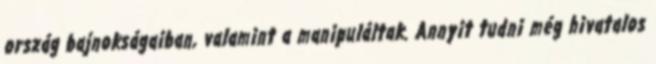
ország bajnokságaiban, valamint a manipuláltak. Annyit tudni még hivatalos